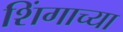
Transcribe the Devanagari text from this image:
शिंगाच्या